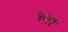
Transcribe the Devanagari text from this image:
नजरे